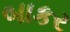
બાકર